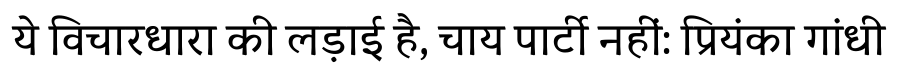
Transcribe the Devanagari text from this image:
ये विचारधारा की लड़ाई है, चाय पार्टी नहीं: प्रियंका गांधी